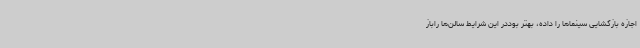
اجازه بازگشایی سینماها را داده، بهتر بوددر این شرایط سالن‌ها راباز